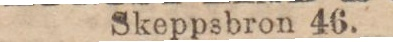
Skeppsbron 46.